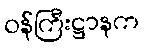
ဝန်ကြီးဋ္ဌာနက